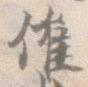
催